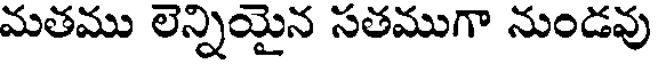
మతము లెన్నియైన సతముగా నుండవు